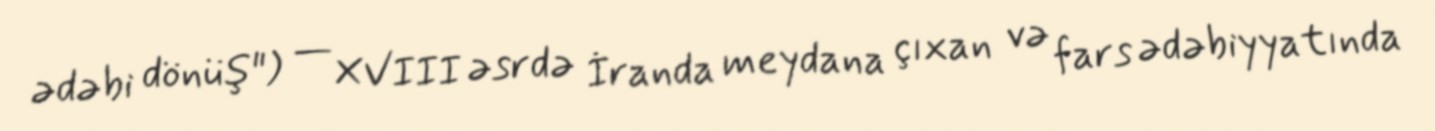
ədəbi dönüş") — XVIII əsrdə İranda meydana çıxan və fars ədəbiyyatında